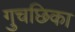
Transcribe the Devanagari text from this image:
गुचछिका